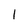
Character: l